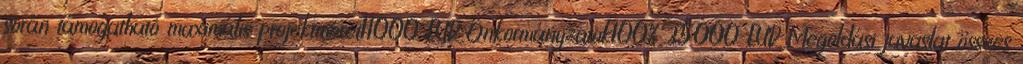
során támogatható maximális projektméret11000 EUR▪Önkormányzatok100% 35000 EUR▪Megoldási javaslat összes